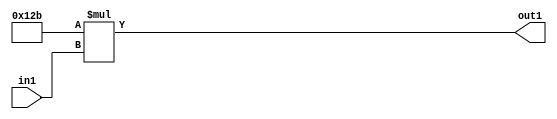
`timescale 1ps / 1ps
/*****************************************************************************
    Verilog RTL Description
    
    
    Created by: Stratus DpOpt 2019.1.01 
*******************************************************************************/

module SobelFilter_Mul2i299u8_1 (
	in1,
	out1
	); /* architecture "behavioural" */ 
input [7:0] in1;
output [16:0] out1;
wire [16:0] asc001;

assign asc001 = 
	+(17'B00000000100101011 * in1);

assign out1 = asc001;
endmodule

/* CADENCE  urn3TQk= : u9/ySgnWtBlWxVPRXgAZ4Og= ** DO NOT EDIT THIS LINE ******/